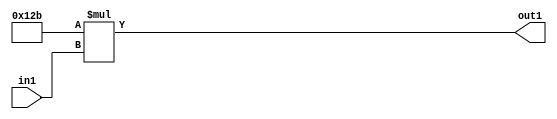
`timescale 1ps / 1ps
/*****************************************************************************
    Verilog RTL Description
    
    
    Created by: Stratus DpOpt 2019.1.01 
*******************************************************************************/

module SobelFilter_Mul2i299u8_1 (
	in1,
	out1
	); /* architecture "behavioural" */ 
input [7:0] in1;
output [16:0] out1;
wire [16:0] asc001;

assign asc001 = 
	+(17'B00000000100101011 * in1);

assign out1 = asc001;
endmodule

/* CADENCE  urn3TQk= : u9/ySgnWtBlWxVPRXgAZ4Og= ** DO NOT EDIT THIS LINE ******/